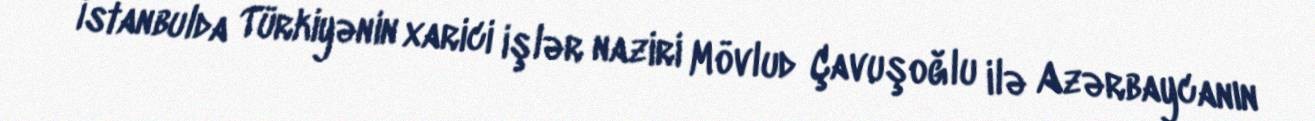
İstanbulda Türkiyənin xarici işlər naziri Mövlud Çavuşoğlu ilə Azərbaycanın